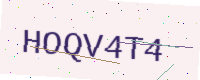
Text: HOQV4T4